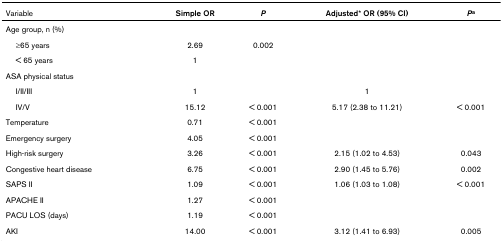
<table><thead><tr><td><b>Variable</b></td><td><b>Simple OR</b></td><td><b><i>P</i></b></td><td><b>Adjusted* OR (95% CI)</b></td><td><b><i>P</i><sup>a</sup></b></td></tr></thead><tbody><tr><td>Age group, n (%)</td><td></td><td></td><td></td><td></td></tr><tr><td> ≥65 years</td><td>2.69</td><td>0.002</td><td></td><td></td></tr><tr><td> &lt; 65 years</td><td>1</td><td></td><td></td><td></td></tr><tr><td>ASA physical status</td><td></td><td></td><td></td><td></td></tr><tr><td> I/II/III</td><td>1</td><td></td><td>1</td><td></td></tr><tr><td> IV/V</td><td>15.12</td><td>&lt; 0.001</td><td>5.17 (2.38 to 11.21)</td><td>&lt; 0.001</td></tr><tr><td>Temperature</td><td>0.71</td><td>&lt; 0.001</td><td></td><td></td></tr><tr><td>Emergency surgery</td><td>4.05</td><td>&lt; 0.001</td><td></td><td></td></tr><tr><td>High-risk surgery</td><td>3.26</td><td>&lt; 0.001</td><td>2.15 (1.02 to 4.53)</td><td>0.043</td></tr><tr><td>Congestive heart disease</td><td>6.75</td><td>&lt; 0.001</td><td>2.90 (1.45 to 5.76)</td><td>0.002</td></tr><tr><td>SAPS II</td><td>1.09</td><td>&lt; 0.001</td><td>1.06 (1.03 to 1.08)</td><td>&lt; 0.001</td></tr><tr><td>APACHE II</td><td>1.27</td><td>&lt; 0.001</td><td></td><td></td></tr><tr><td>PACU LOS (days)</td><td>1.19</td><td>&lt; 0.001</td><td></td><td></td></tr><tr><td>AKI</td><td>14.00</td><td>&lt; 0.001</td><td>3.12 (1.41 to 6.93)</td><td>0.005</td></tr></tbody></table>